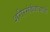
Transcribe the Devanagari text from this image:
शरीरसंबंधाआधी